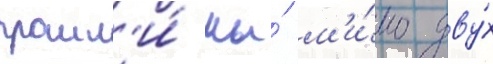
прошл'и́ мы́ м'и́мо дву́х